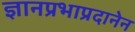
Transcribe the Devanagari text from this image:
ज्ञानप्रभाप्रदानेन